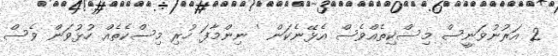
2 އަރުނުވަނީސް މިސްކިތެއްވެސް އެޅޭނެކަން ' ނިންމާފަ ހުރި މިސްކެތެއް ހުޅުވަން ވެސް